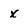
Character: x